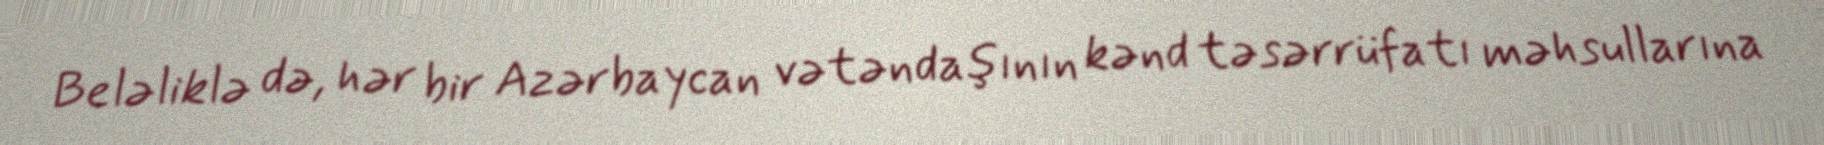
Beləliklə də, hər bir Azərbaycan vətəndaşının kənd təsərrüfatı məhsullarına